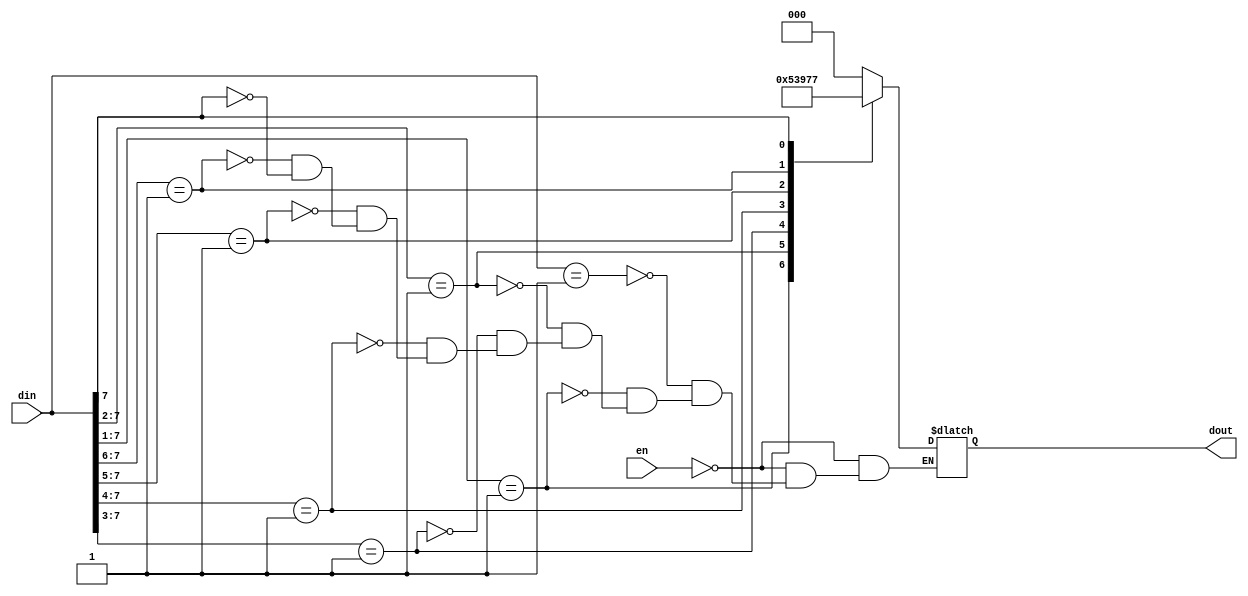
`timescale 1ns / 1ps
//////////////////////////////////////////////////////////////////////////////////
// Company: 
// Engineer: 
// 
// Design Name: 
// Module Name:    encoder8 
// Project Name: 
// Target Devices: 
// Tool versions: 
// Description: 
//
// Dependencies: 
//
// Revision: 
// Revision 0.01 - File Created
// Additional Comments: 
//
//////////////////////////////////////////////////////////////////////////////////
module encoder8(en,din,dout);
input en;
input [ 7 : 0 ] din;
output [ 2 : 0 ] dout;
reg [ 2 : 0 ] dout;
always@(en,din)
begin
if(en == 1) // Active high enable
begin
dout = 3'bZZZ; // Initializing dout to
end
else
begin
casex(din)
8'b00000001 :dout = 3'b000;
8'b0000001X :dout = 3'b001;
8'b000001XX :dout = 3'b010;
8'b00001XXX :dout = 3'b011;
8'b0001XXXX :dout = 3'b100;
8'b001XXXXX :dout = 3'b101;
8'b01XXXXXX :dout = 3'b110;
8'b1XXXXXXX :dout = 3'b111;
endcase
end
end
endmodule